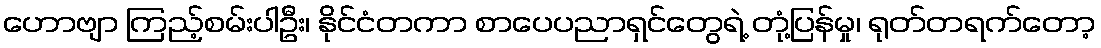
ဟောဗျာ ကြည့်စမ်းပါဦး၊ နိုင်ငံတကာ စာပေပညာရှင်တွေရဲ့ တုံ့ပြန်မှု၊ ရုတ်တရက်တော့